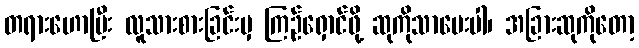
တရားဟောပြီး လူသားစားခြင်းမှ ကြဉ်ရှောင်ဖို့ ဆုကိုသာပေးပါ၊ အခြားဆုကိုတော့